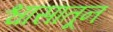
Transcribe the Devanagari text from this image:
श्वासातून